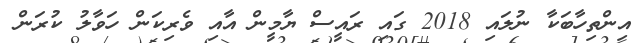
އިންތިހާބަކާ ނުލައި 2018 ގައި ރައީސް ޔާމީން އާއި ވެރިކަން ހަވާލު ކުރަން